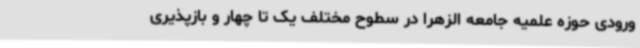
ورودی حوزه علمیه جامعه الزهرا در سطوح مختلف یک تا چهار و بازپذیری